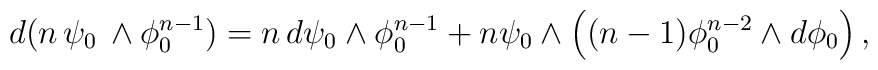
d (n \,\psi_{0}\, \wedge\phi^{n-1}_{0}) = n\, d\psi_{0} \wedge \phi_{0}^{n-1}  +  n \psi_{0} \wedge \left((n-1)\phi_{0}^{n-2}\wedge d\phi_{0}\right),